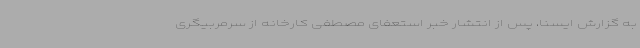
به‌ گزارش ایسنا، پس از انتشار خبر استعفای مصطفی‌ کارخانه از سرمربیگری